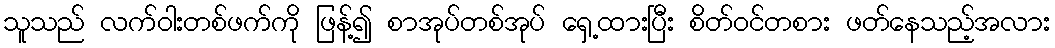
သူသည် လက်ဝါးတစ်ဖက်ကို ဖြန့်၍ စာအုပ်တစ်အုပ် ရှေ့ထားပြီး စိတ်ဝင်တစား ဖတ်နေသည့်အလား